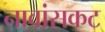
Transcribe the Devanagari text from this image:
नावांसकट